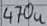
Text: 470u